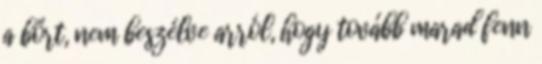
a bőrt, nem beszélve arról, hogy tovább marad fenn